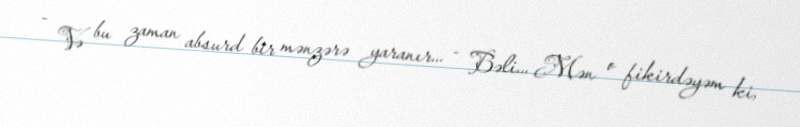
- Və bu zaman absurd bir mənzərə yaranır... - Bəli... Mən o fikirdəyəm ki,